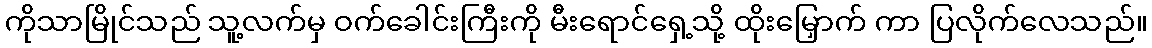
ကိုသာမြိုင်သည် သူ့လက်မှ ဝက်ခေါင်းကြီးကို မီးရောင်ရှေ့သို့ ထိုးမြှောက် ကာ ပြလိုက်လေသည်။